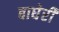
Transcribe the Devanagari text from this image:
बाघेरी